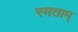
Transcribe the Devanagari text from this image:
स्मताम्